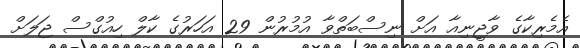
އެމެރިކާގެ ވާޖީނިއާ އަށް ނިސްބަތްވާ އުމުރުން 29 އަހަރުގެ ކާލް ހިއުގްސް ޖަލަށް